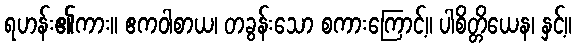
ရဟန်း၏ကား။ ဧကဝါစာယ၊ တခွန်းသော စကားကြောင့်။ ပါစိတ္တိယေန၊ နှင့်။